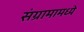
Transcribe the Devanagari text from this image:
संग्रामामध्ये